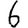
Digit: 6